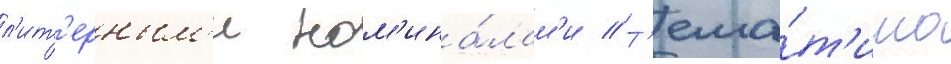
л'ит'ерным'и ном'ина́лам'и // Т'ема́т'ика